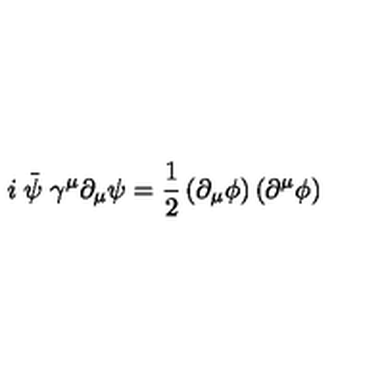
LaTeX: i \stackrel { \_ } { \psi } \gamma ^ { \mu } \partial _ { \mu } \psi = \frac { 1 } { 2 } \left( \partial _ { \mu } \phi \right) \left( \partial ^ { \mu } \phi \right)